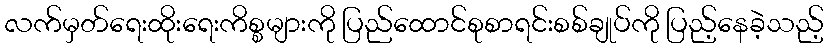
လက်မှတ်ရေးထိုးရေးကိစ္စများကို ပြည်ထောင်စုစာရင်းစစ်ချုပ်ကို ပြည့်နေခဲ့သည့်